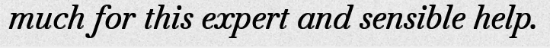
much for this expert and sensible help.